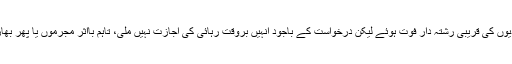
اڈیالہ جیل ذرائع کے مطابق گزشتہ ایک سال میں ڈیڑھ سو قیدیوں کی قریبی رشتہ دار فوت ہوئے لیکن درخواست کے باجود انہیں بروقت رہائی کی اجازت نہیں ملی، تاہم بااثر مجرموں یا پھر بھاری رشوت دینے والوں کو پیرول پر رہائی دے دی جاتی ہے۔